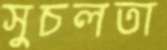
সুচলতা